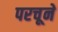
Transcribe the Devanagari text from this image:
परचूने